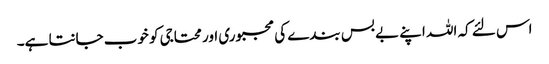
اس لئے کہ اللہ اپنے بے بس بندے کی مجبوری اور محتاجی کو خوب جانتا ہے۔